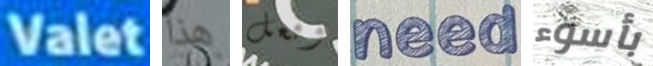
Valet هذا وفعل need بأسوء